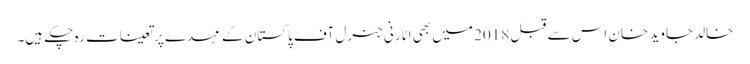
خالد جاوید خان اس سے قبل 2018 میں بھی اٹارنی جنرل آف پاکستان کے عہدے پر تعینات رہ چکے ہیں۔